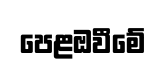
පෙළඔවීමේ